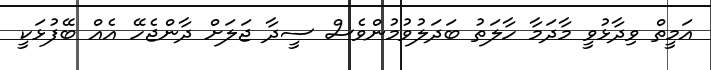
އަމީތް ވިދާޅުވީ މާދަމާ ހާލަތު ބަދަލުވުމުންވެސް ސީދާ ޖަލަށް ދާންޖެހޭ އެއް ބޭފުޅަކީ